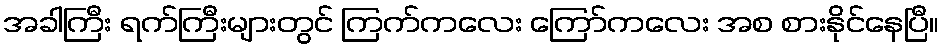
အခါကြီး ရက်ကြီးများတွင် ကြက်ကလေး ကြော်ကလေး အစ စားနိုင်နေပြီ။